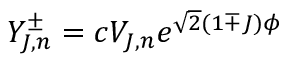
Y _ { J , n } ^ { \pm } = c V _ { J , n } e ^ { \sqrt { 2 } ( 1 \mp J ) \phi }